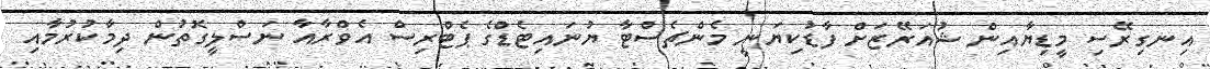
އިނގިރޭސި މީޑިޔާއިން ޝުއަރޭޒަށް ފާޑުކިޔަނީ މެންޗެސްޓާ ޔުނައިޓެޑްގެ ޕެޓްރިސް އެވްރާއާ ނަސްލީގޮތުން ދިމާކުރުމާއި